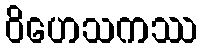
ဝိဟေသကဿ